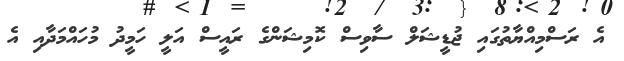
އެ ރަސްމިއްޔާތުގައި ޖުޑީޝަލް ސާވިސް ކޮމިޝަންގެ ރައީސް އަލީ ހަމީދު މުހައްމަދާއި އެ